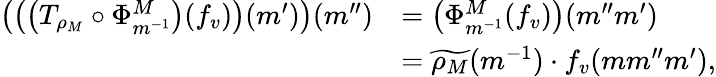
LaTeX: \begin{array}{rl}{\left(\left(\left(T_{\rho_{M}}\circ\Phi_{m^{-1}}^{M}\right)(f_{v})\right)(m^{\prime})\right)(m^{\prime\prime})}&{=\left(\Phi_{m^{-1}}^{M}(f_{v})\right)(m^{\prime\prime}m^{\prime})}\\ &{=\widetilde{\rho_{M}}(m^{-1})\cdot f_{v}(mm^{\prime\prime}m^{\prime}),}\end{array}